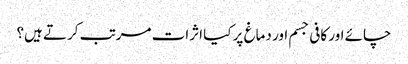
چائے اور کافی جسم اور دماغ پر کیا اثرات مرتب کرتے ہیں؟